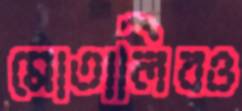
মোতালিবও